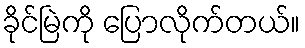
ခိုင်မြဲကို ပြောလိုက်တယ်။